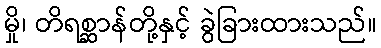
မှို၊ တိရစ္ဆာန်တို့နှင့် ခွဲခြားထားသည်။